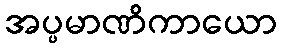
အပ္ပမာဏိကာယော